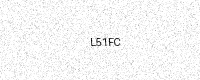
Text: L51FC